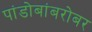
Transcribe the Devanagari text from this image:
पांडोबांबरोबर